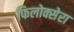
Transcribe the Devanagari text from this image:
फिलोक्सेरा